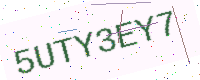
Text: 5UTY3EY7